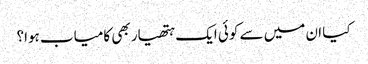
کیا ان میں سے کوئی ایک ہتھیار بھی کامیاب ہوا؟